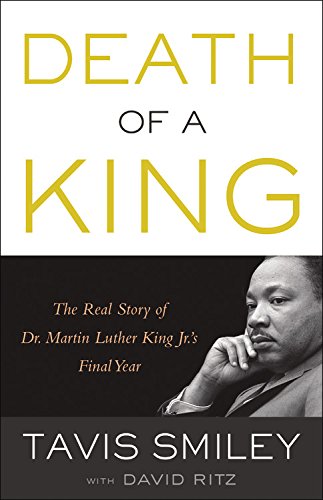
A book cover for Death of a King: The Real Story of Dr. Martin Luther King Jr.'s Final Year; Tavis Smiley; Biographies & Memoirs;